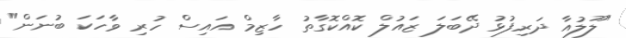
"ލޫލުއާ ދަރިފުޅު ދޭބަލަ ޒައުލް ކޮއްކޮގާތު ހާޒިމް އައިސް ހުރި ވާހަކަ ބުނަން"